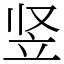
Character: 竖